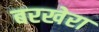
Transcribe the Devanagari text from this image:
बरखेरा